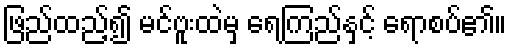
ဖြည်ထည့်၍ မင်ဗူးထဲမှ ရေကြည်နှင့် ရောစပ်၏။